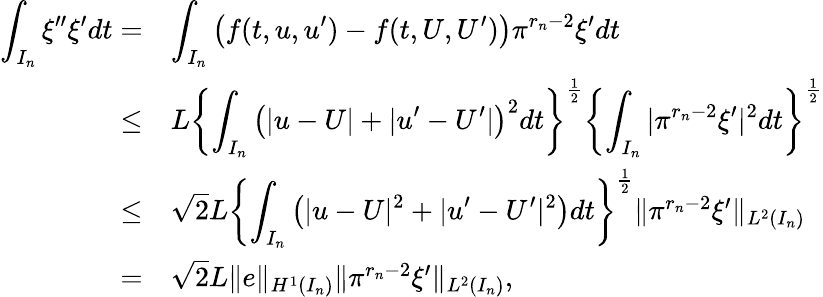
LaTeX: \begin{array}{rl}{\displaystyle\int_{I_{n}}\xi^{\prime\prime}\xi^{\prime}dt=}&{\displaystyle\int_{I_{n}}\left(f(t,u,u^{\prime})-f(t,U,U^{\prime})\right)\pi^{r_{n}-2}\xi^{\prime}dt}\\ {\le}&{L\left\{ \displaystyle\int_{I_{n}}\left(|u-U|+|u^{\prime}-U^{\prime}|\right)^{2}dt\right\} ^{\frac{1}{2}}\left\{ \displaystyle\int_{I_{n}}|\pi^{r_{n}-2}\xi^{\prime}|^{2}dt\right\} ^{\frac{1}{2}}}\\ {\leq}&{\sqrt{2}L\left\{ \displaystyle\int_{I_{n}}\left(|u-U|^{2}+|u^{\prime}-U^{\prime}|^{2}\right)dt\right\} ^{\frac{1}{2}}\| \pi^{r_{n}-2}\xi^{\prime}\| _{L^{2}(I_{n})}}\\ {=}&{\sqrt{2}L\| e\| _{H^{1}(I_{n})}\| \pi^{r_{n}-2}\xi^{\prime}\| _{L^{2}(I_{n})},}\end{array}